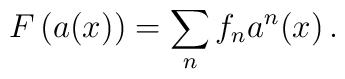
F\left(a(x)\right) =\sum_{n}^{} f_n a^n(x) \, .